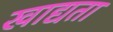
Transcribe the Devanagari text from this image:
खाद्यता